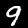
Digit: 9